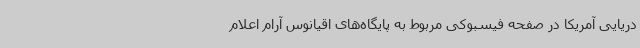
دریایی آمریکا در صفحه فیسبوکی مربوط به پایگاه‌های اقیانوس آرام اعلام